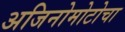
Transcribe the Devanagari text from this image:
अजिनोमोटोचा